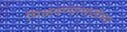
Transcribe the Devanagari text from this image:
मिळवण्यासाठीच्या